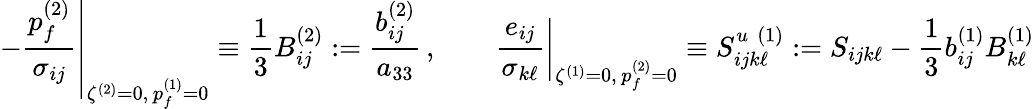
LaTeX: \left.-\frac{p_{f}^{(2)}}{\sigma_{ij}}\right|_{\zeta^{(2)}=0,\, p_{f}^{(1)}=0}\equiv\frac{1}{3}B_{ij}^{(2)}:=\frac{b_{ij}^{(2)}}{a_{33}}\, ,\qquad\left.\frac{e_{ij}}{\sigma_{k\ell}}\right|_{\zeta^{(1)}=0,\, p_{f}^{(2)}=0}\equiv S_{ijk\ell}^{u\, \, (1)}:=S_{ijk\ell}-\frac{1}{3}b_{ij}^{(1)}B_{k\ell}^{(1)}